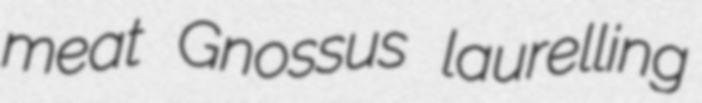
meat Gnossus laurelling